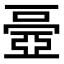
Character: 𠁏